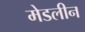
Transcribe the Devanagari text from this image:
मेडलीन